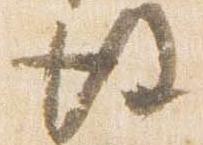
後